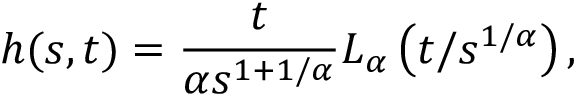
h ( s , t ) = \frac { t } { \alpha s ^ { 1 + 1 / \alpha } } L _ { \alpha } \left( t / s ^ { 1 / \alpha } \right) ,